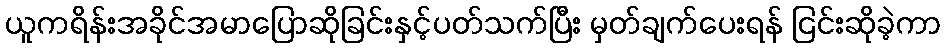
ယူကရိန်းအခိုင်အမာပြောဆိုခြင်းနှင့်ပတ်သက်ပြီး မှတ်ချက်ပေးရန် ငြင်းဆိုခဲ့ကာ